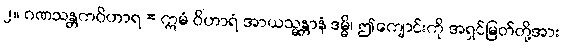
၂။ ဂဏသန္တကဝိဟာရ = ဣမံ ဝိဟာရံ အာယသ္မန္တာနံ ဒမ္မိ၊ ဤကျောင်းကို အရှင်မြတ်တို့အား